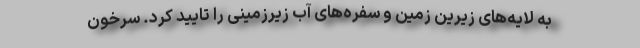
به لایه‌های زیرین زمین و سفره‌های آب زیرزمینی را تایید کرد. سرخون